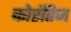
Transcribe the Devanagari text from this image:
कोरंतिज